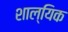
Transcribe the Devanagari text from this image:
शाल्यिक